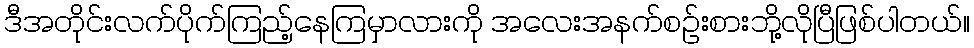
ဒီအတိုင်းလက်ပိုက်ကြည့်နေကြမှာလားကို အလေးအနက်စဉ်းစားဘို့လိုပြီဖြစ်ပါတယ်။